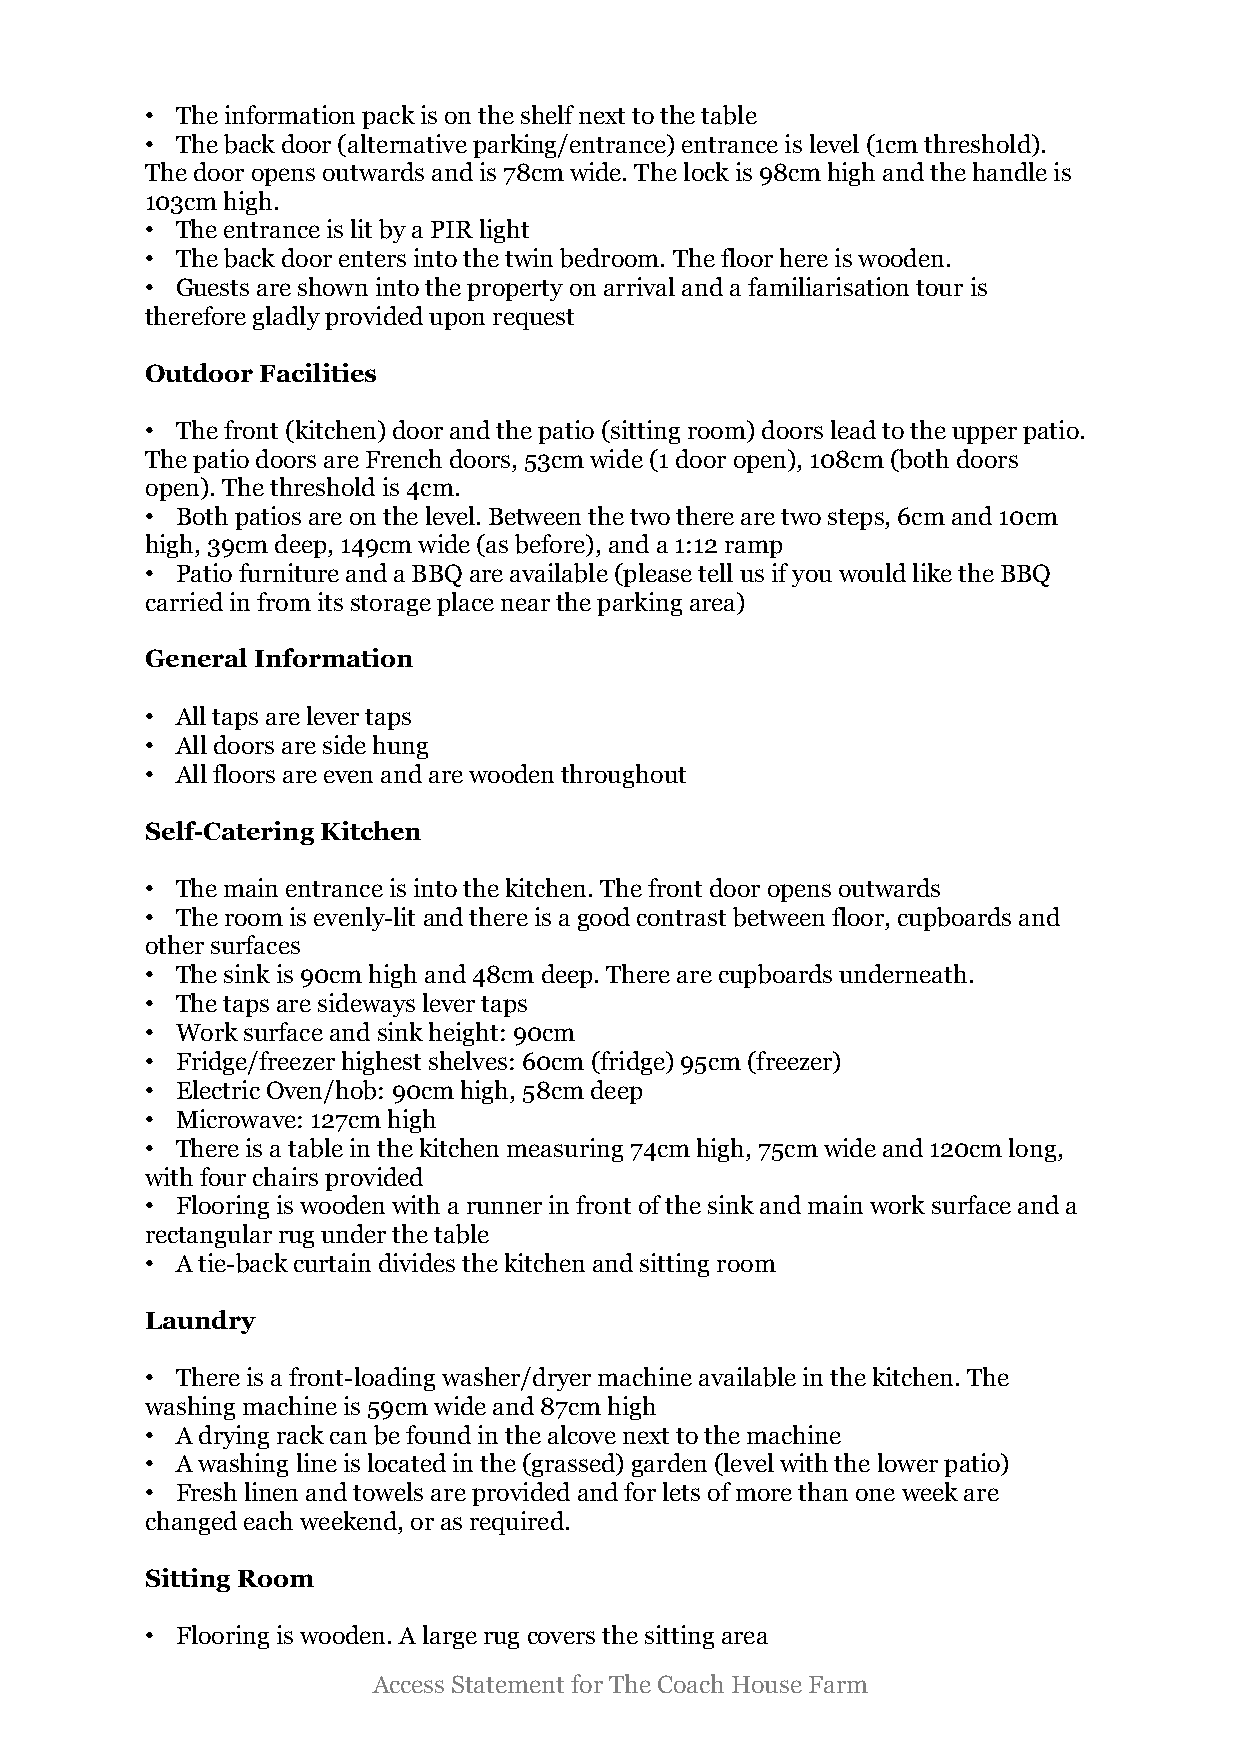
• The information pack is on the shelf next to the table
 • The back door (alternative parking/entrance) entrance is level (1cm threshold).
 The door opens outwards and is 78cm wide. The lock is 98cm high and the handle is
 103cm high.
 • The entrance is lit by a PIR light
 • The back door enters into the twin bedroom. The floor here is wooden.
 • Guests are shown into the property on arrival and a familiarisation tour is
 therefore gladly provided upon request
 Outdoor Facilities
 • The front (kitchen) door and the patio (sitting room) doors lead to the upper patio.
 The patio doors are French doors, 53cm wide (1 door open), 108cm (both doors
 open). The threshold is 4cm.
 • Both patios are on the level. Between the two there are two steps, 6cm and 10cm
 high, 39cm deep, 149cm wide (as before), and a 1:12 ramp
 • Patio furniture and a BBQ are available (please tell us if you would like the BBQ
 carried in from its storage place near the parking area)
 General Information
 • All taps are lever taps
 • All doors are side hung
 • All floors are even and are wooden throughout
 Self-Catering Kitchen
 • The main entrance is into the kitchen. The front door opens outwards
 • The room is evenly-lit and there is a good contrast between floor, cupboards and
 other surfaces
 • The sink is 90cm high and 48cm deep. There are cupboards underneath.
 • The taps are sideways lever taps
 • Work surface and sink height: 90cm
 • Fridge/freezer highest shelves: 60cm (fridge) 95cm (freezer)
 • Electric Oven/hob: 90cm high, 58cm deep
 • Microwave: 127cm high
 • There is a table in the kitchen measuring 74cm high, 75cm wide and 120cm long,
 with four chairs provided
 • Flooring is wooden with a runner in front of the sink and main work surface and a
 rectangular rug under the table
 • A tie-back curtain divides the kitchen and sitting room
 Laundry
 • There is a front-loading washer/dryer machine available in the kitchen. The
 washing machine is 59cm wide and 87cm high
 • A drying rack can be found in the alcove next to the machine
 • A washing line is located in the (grassed) garden (level with the lower patio)
 • Fresh linen and towels are provided and for lets of more than one week are
 changed each weekend, or as required.
 Sitting Room
 • Flooring is wooden. A large rug covers the sitting area
 Access Statement for The Coach House Farm